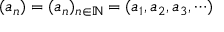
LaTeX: ( a _ { n } ) = ( a _ { n } ) _ { n \in \mathbb { N } } = ( a _ { 1 } , a _ { 2 } , a _ { 3 } , \cdots )